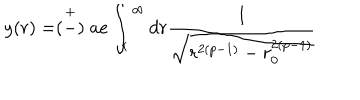
y ( r ) = \stackrel { + } { ( - ) } a e \int _ { r } ^ { \infty } d r \frac { 1 } { \sqrt { r ^ { 2 ( p - 1 ) } - r _ { 0 } ^ { 2 ( p - 1 ) } } }